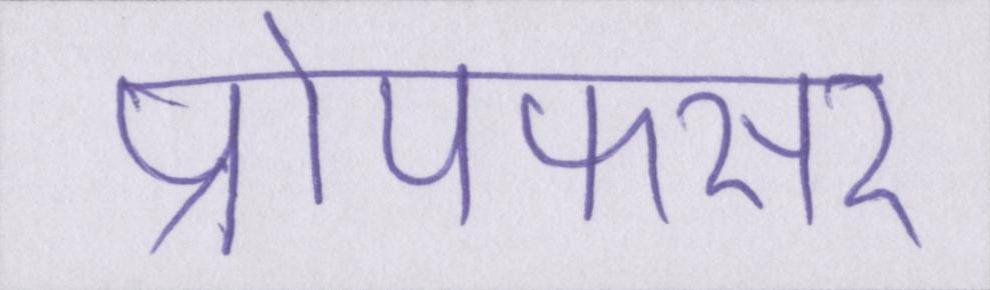
प्रोपफेसर